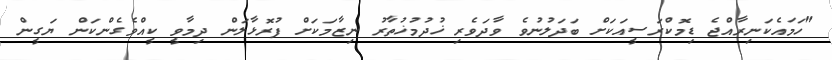
"ހަމައެކަނިރާއްޖެ ޑިމޮކްރަސީއަކަށް ބަދަލުނުވެ ވާދަވެރި ޚުދުމުޚުތާރު ނިޒާމަކަށް ފުރޮޅާލަން ދިމާވީ ކީއްވެގެންކަން ޔަގީން